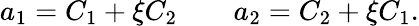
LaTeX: a_{1}=C_{1}+\xi C_{2}\qquad a_{2}=C_{2}+\xi C_{1}.